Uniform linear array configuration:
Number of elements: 16
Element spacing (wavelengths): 0.75
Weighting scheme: uniform
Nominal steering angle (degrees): -60
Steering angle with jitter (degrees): -61.23
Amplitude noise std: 0.05
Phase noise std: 0.05

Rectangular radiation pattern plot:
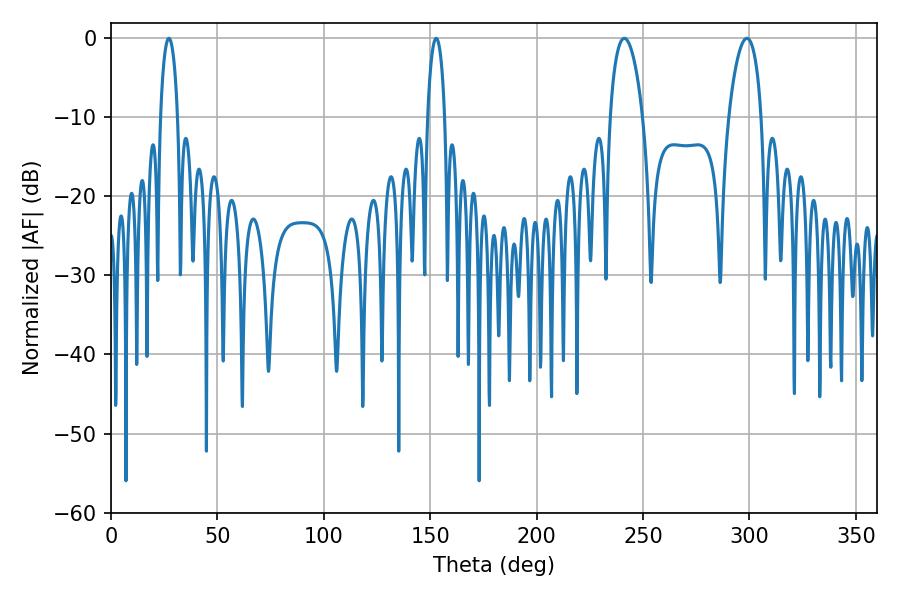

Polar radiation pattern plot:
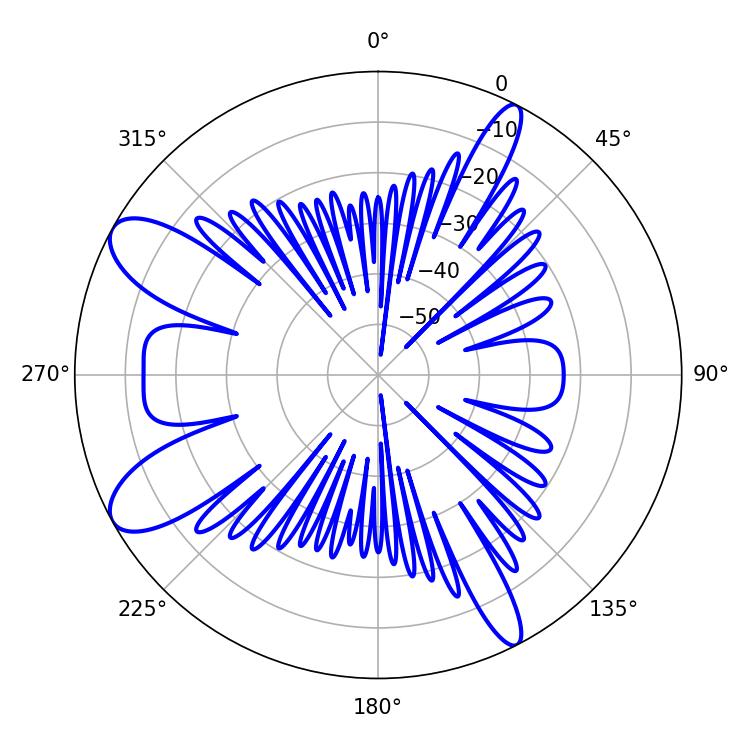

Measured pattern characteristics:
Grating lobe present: TRUE
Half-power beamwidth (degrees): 8.64
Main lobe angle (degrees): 241.2